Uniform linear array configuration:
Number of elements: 4
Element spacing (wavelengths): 0.75
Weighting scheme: exponential
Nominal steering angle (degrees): -15
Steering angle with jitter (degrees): -15.414
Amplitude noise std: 0.05
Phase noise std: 0.05

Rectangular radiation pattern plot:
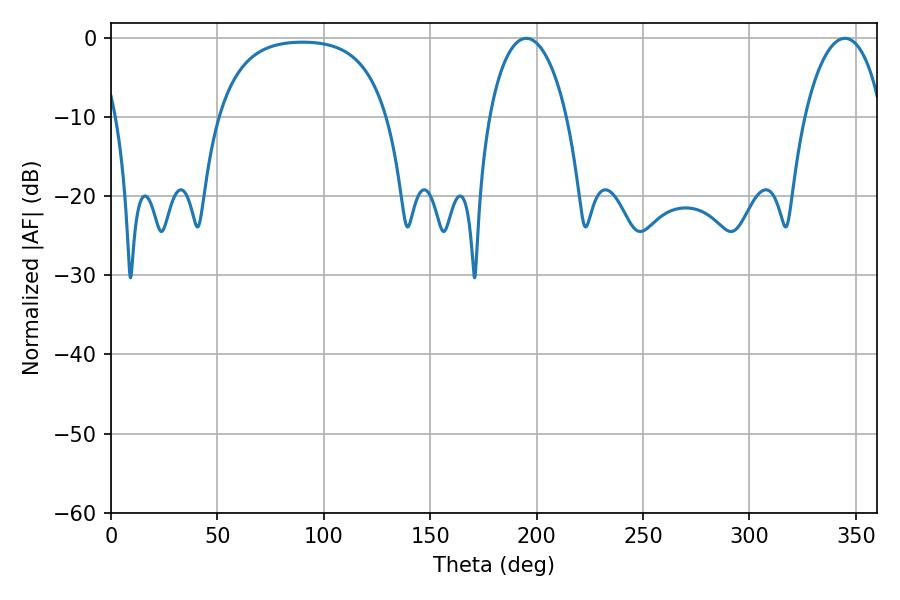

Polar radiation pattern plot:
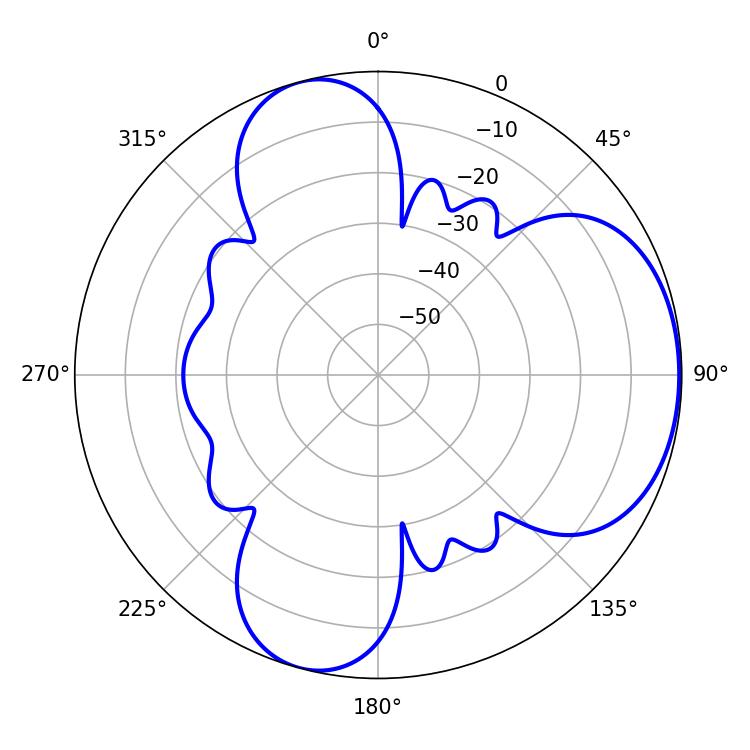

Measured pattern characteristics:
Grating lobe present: TRUE
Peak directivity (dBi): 5.247
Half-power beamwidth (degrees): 20.7
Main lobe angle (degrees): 195.12